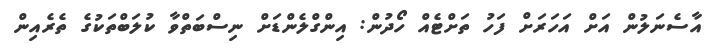
އާސެނަލުން އަށް އަހަރަށް ފަހު ތަށްޓެއް ހޯދުން: އިންގްލެންޑަށް ނިސްބަތްވާ ކުލަބްތަކުގެ ތެރެއިން